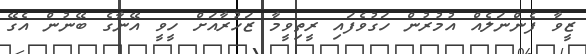
ޒީވާ ފެންނަލެއް އުމުރުން ހަގުވެފައި ރީތިވީމާ ޒަހުރާއަށް ހީވީ އޭނާގެ ބޭނުން އެގޭ